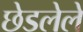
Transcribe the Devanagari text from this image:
छेडलेले